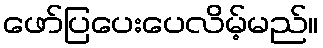
ဖော်ပြပေးပေလိမ့်မည်။